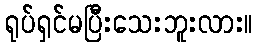
ရုပ်ရှင်မပြီးသေးဘူးလား။